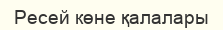
Ресей көне қалалары